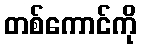
တစ်ကောင်ကို